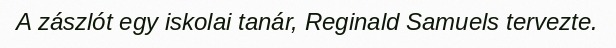
A zászlót egy iskolai tanár, Reginald Samuels tervezte.